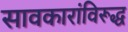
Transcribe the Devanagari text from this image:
सावकारांविरूद्ध